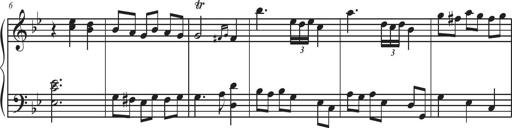
Title: Sonatina Espania
Composer: Jerald Franklin Archer
Key: Various